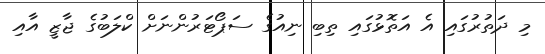
މި ދަތުރުގައި އެ އަތޮޅުގައި ތިބި ނިއުގެ ސަޕޯޓަރުންނަށް ކްލަބުގެ ޖާޒީ އާއި